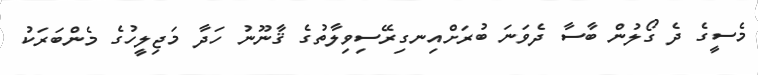
މެސީގެ ދެ ގޯލުން ބާސާ ދެވަނަ ބުރަށްއިނގިރޭސިވިލާތުގެ ޤާނޫނު ހަދާ މަޖިލީހުގެ މެންބަރަކު